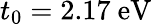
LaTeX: t_{0}=2.17\ \mathrm{eV}